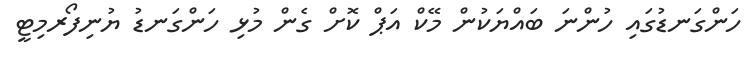
ހަންގަނޑުގައި ހުންނަ ބައްޔަކުން މޭކް އަޕް ކޮށް ގެން މުޅި ހަންގަނޑު ޔުނިފޯރމިޓީ